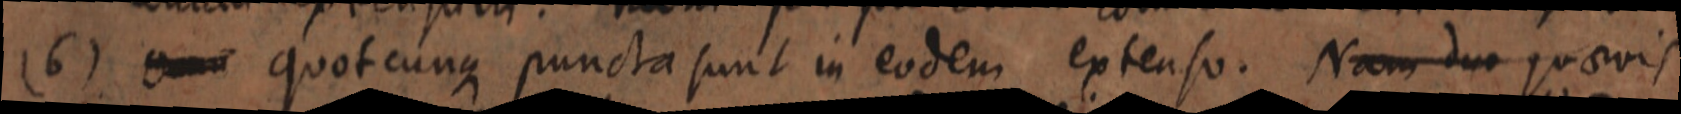
(6) _ quotcunque puncta sunt in eodem extenso. Nam duo quaevis